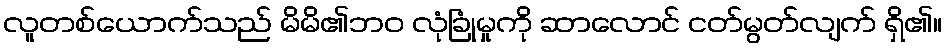
လူတစ်ယောက်သည် မိမိ၏ဘဝ လုံခြုံမှုကို ဆာလောင် ငတ်မွတ်လျက် ရှိ၏။